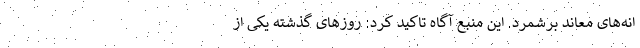
انه‌های معاند برشمرد. این منبع آگاه تاکید کرد: روزهای گذشته یکی از